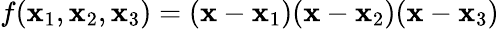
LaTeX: f(\mathbf{x}_{1},\mathbf{x}_{2},\mathbf{x}_{3})=(\mathbf{x}-\mathbf{x}_{1})(\mathbf{x}-\mathbf{x}_{2})(\mathbf{x}-\mathbf{x}_{3})